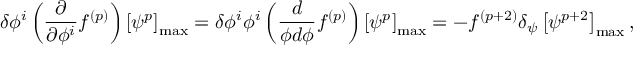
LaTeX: \delta \phi ^ { i } \left( \frac { \partial } { \partial \phi ^ { i } } f ^ { ( p ) } \right) \left[ \psi ^ { p } \right] _ { \mathrm { m a x } } = \delta \phi ^ { i } \phi ^ { i } \left( \frac { d } { \phi d \phi } f ^ { ( p ) } \right) \left[ \psi ^ { p } \right] _ { \mathrm { m a x } } = - f ^ { ( p + 2 ) } \delta _ { \psi } \left[ \psi ^ { p + 2 } \right] _ { \mathrm { m a x } } ,